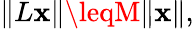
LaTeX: \| L\mathbf{x}\| \leqM\| \mathbf{x}\| ,